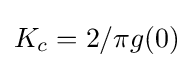
K_{c}=2/\pi g(0)